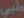
طبي